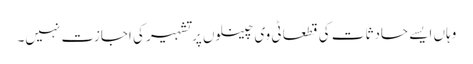
وہاں ایسے حادثات کی قطعا ٹی وی چینلوں پر تشہیر کی اجازت نہیں۔